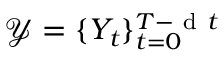
\mathcal { Y } = \{ Y _ { t } \} _ { t = 0 } ^ { T - \mathrm { ~ d ~ } t }